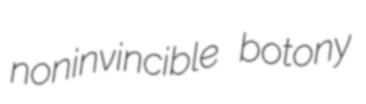
noninvincible botony